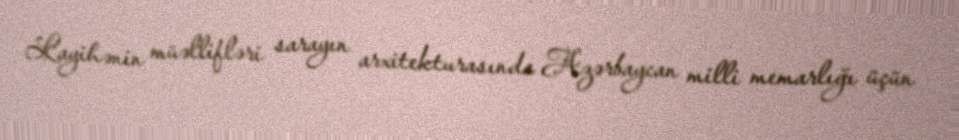
Layihənin müəllifləri sarayın arxitekturasında Azərbaycan milli memarlığı üçün